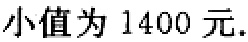
小值为 1400 元.